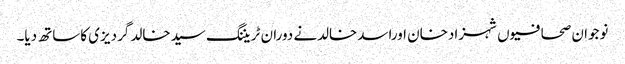
نوجوان صحافیوں شہزادخان اوراسدخالدنے دوران ٹریننگ سیدخالد گردیزی کاساتھ دیا۔